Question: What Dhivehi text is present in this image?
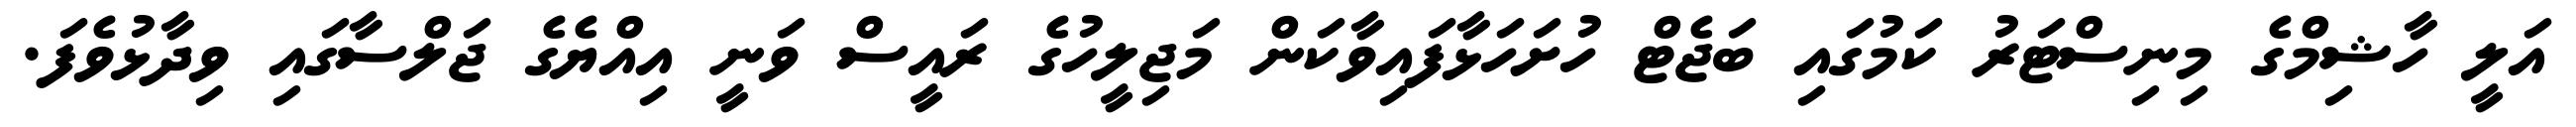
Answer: އަލީ ހާޝިމްގެ މިނިސްޓަރު ކަމުގައި ބަޖެޓް ހުށަހަޅާފައިވާކަން މަޖިލީހުގެ ރައީސް ވަނީ އިއްޔެގެ ޖަލްސާގައި ވިދާޅުވެފަ.